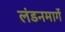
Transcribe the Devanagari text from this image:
लंडनमार्गे